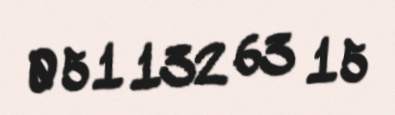
051 132 63 15